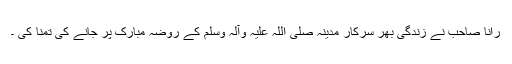
رانا صاحب نے زندگی بھر سرکار مدینہ صلی اللہ علیہ وآلہ وسلم کے روضہ مبارک پر جانے کی تمنا کی ۔